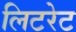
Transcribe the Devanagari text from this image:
लिटरेट